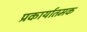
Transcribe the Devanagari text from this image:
प्रकार्यातमक